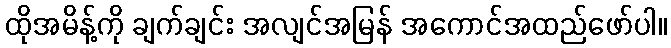
ထိုအမိန့်ကို ချက်ချင်း အလျင်အမြန် အကောင်အထည်ဖော်ပါ။